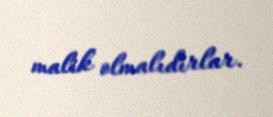
malik olmalıdırlar.